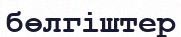
бөлгіштер